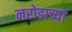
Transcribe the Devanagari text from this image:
नरोडाच्या